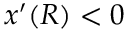
x ^ { \prime } ( R ) < 0